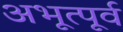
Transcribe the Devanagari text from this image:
अभूत्पूर्व